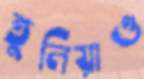
তুলিয়াও